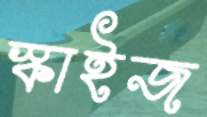
স্কাইজ